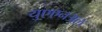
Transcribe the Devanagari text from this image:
युएएनअल